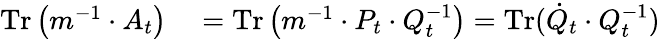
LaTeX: \begin{array}{rl}{\operatorname{Tr}\left(m^{-1}\cdot A_{t}\right)}&{{}=\operatorname{Tr}\left(m^{-1}\cdot P_{t}\cdot Q_{t}^{-1}\right)=\operatorname{Tr}(\dot{Q}_{t}\cdot Q_{t}^{-1})}\end{array}